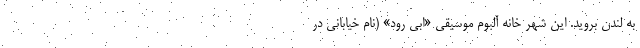
به لندن بروید. این شهر خانه آلبوم موسیقی «ابی رود» (نام خیابانی در